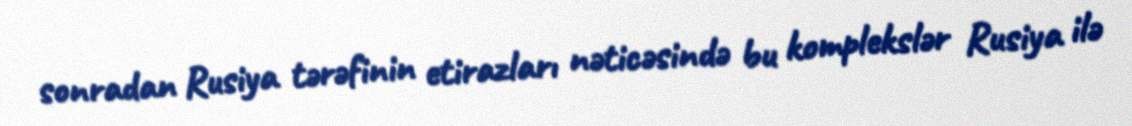
sonradan Rusiya tərəfinin etirazları nəticəsində bu komplekslər Rusiya ilə